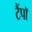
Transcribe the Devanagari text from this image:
टैंपॉ